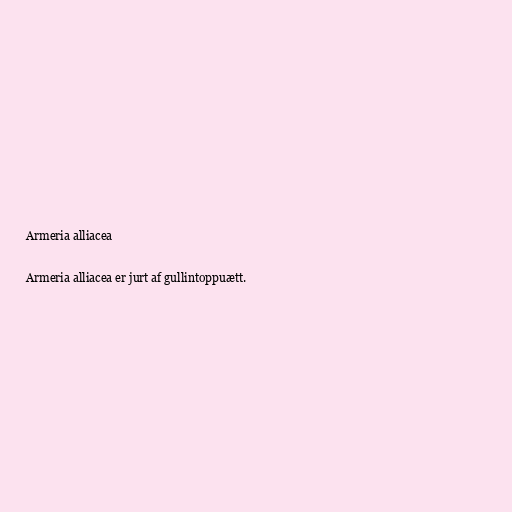
Armeria alliacea

Armeria alliacea er jurt af gullintoppuætt.